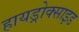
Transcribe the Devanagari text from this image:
हायड्रोक्साइड